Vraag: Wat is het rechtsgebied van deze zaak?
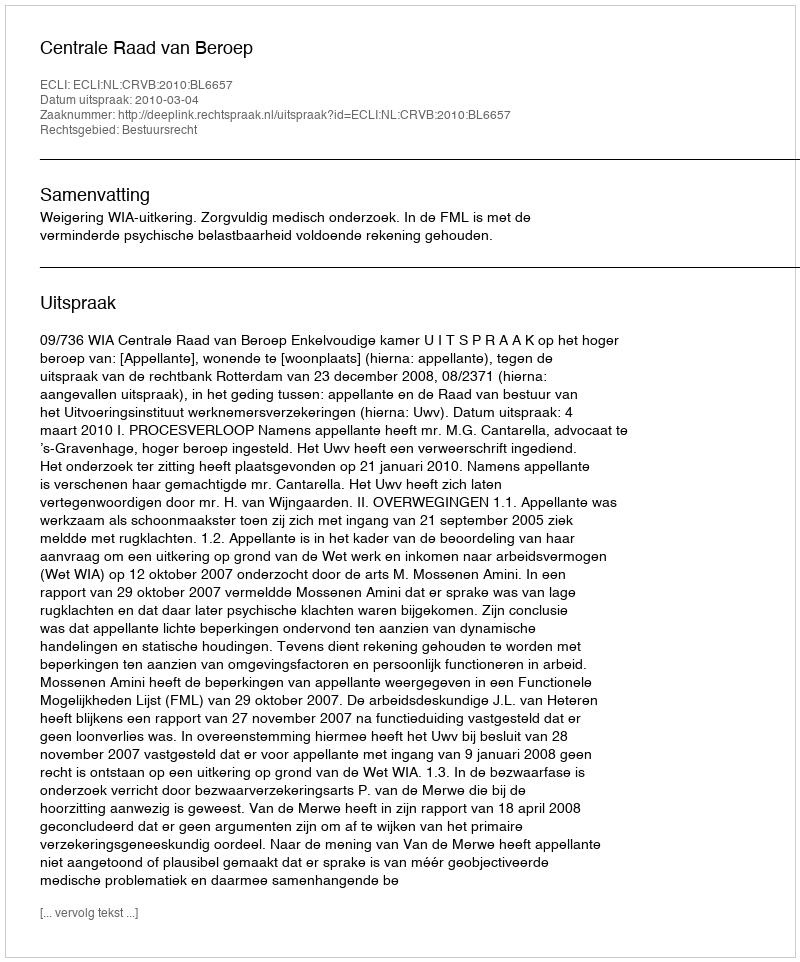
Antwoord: Bestuursrecht